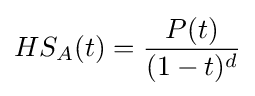
HS_{A}(t)={\frac {P(t)}{(1-t)^{d}}}